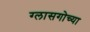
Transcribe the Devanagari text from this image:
ग्लासगोच्या